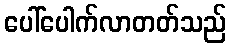
ပေါ်ပေါက်လာတတ်သည်